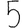
Digit: 5